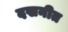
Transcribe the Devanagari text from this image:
दखनीत